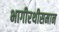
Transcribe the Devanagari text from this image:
भागीरथीसमान